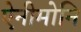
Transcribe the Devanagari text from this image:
ऐनीमोनि